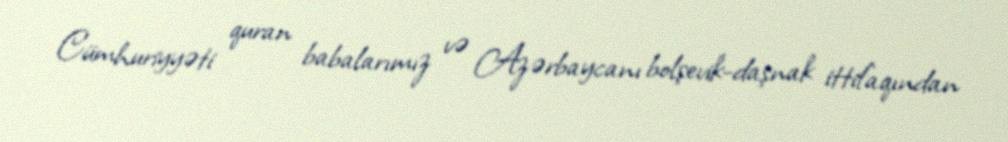
Cümhuriyyəti quran babalarımız və Azərbaycanı bolşevik-daşnak ittifaqından